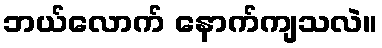
ဘယ်လောက် နောက်ကျသလဲ။